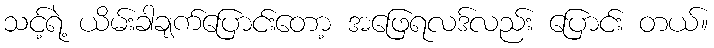
သင့်ရဲ့ ယိမ်းခါချက်ပြောင်းတော့ အဖြေရလဒ်လည်း ပြောင်း တယ်။